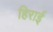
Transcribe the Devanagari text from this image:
हिराई